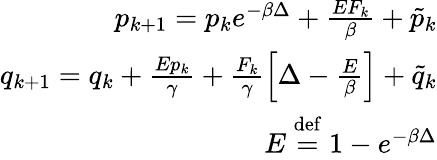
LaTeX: \begin{array}{r}{p_{k+1}=p_{k}e^{-\beta\Delta}+\frac{EF_{k}}{\beta}+\tilde{p}_{k}}\\ {q_{k+1}=q_{k}+\frac{Ep_{k}}{\gamma}+\frac{F_{k}}{\gamma}\left[\Delta-\frac{E}{\beta}\right]+\tilde{q}_{k}}\\ {E\stackrel{\mathrm{def}}{=}1-e^{-\beta\Delta}}\end{array}